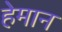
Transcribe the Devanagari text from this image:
हेमान